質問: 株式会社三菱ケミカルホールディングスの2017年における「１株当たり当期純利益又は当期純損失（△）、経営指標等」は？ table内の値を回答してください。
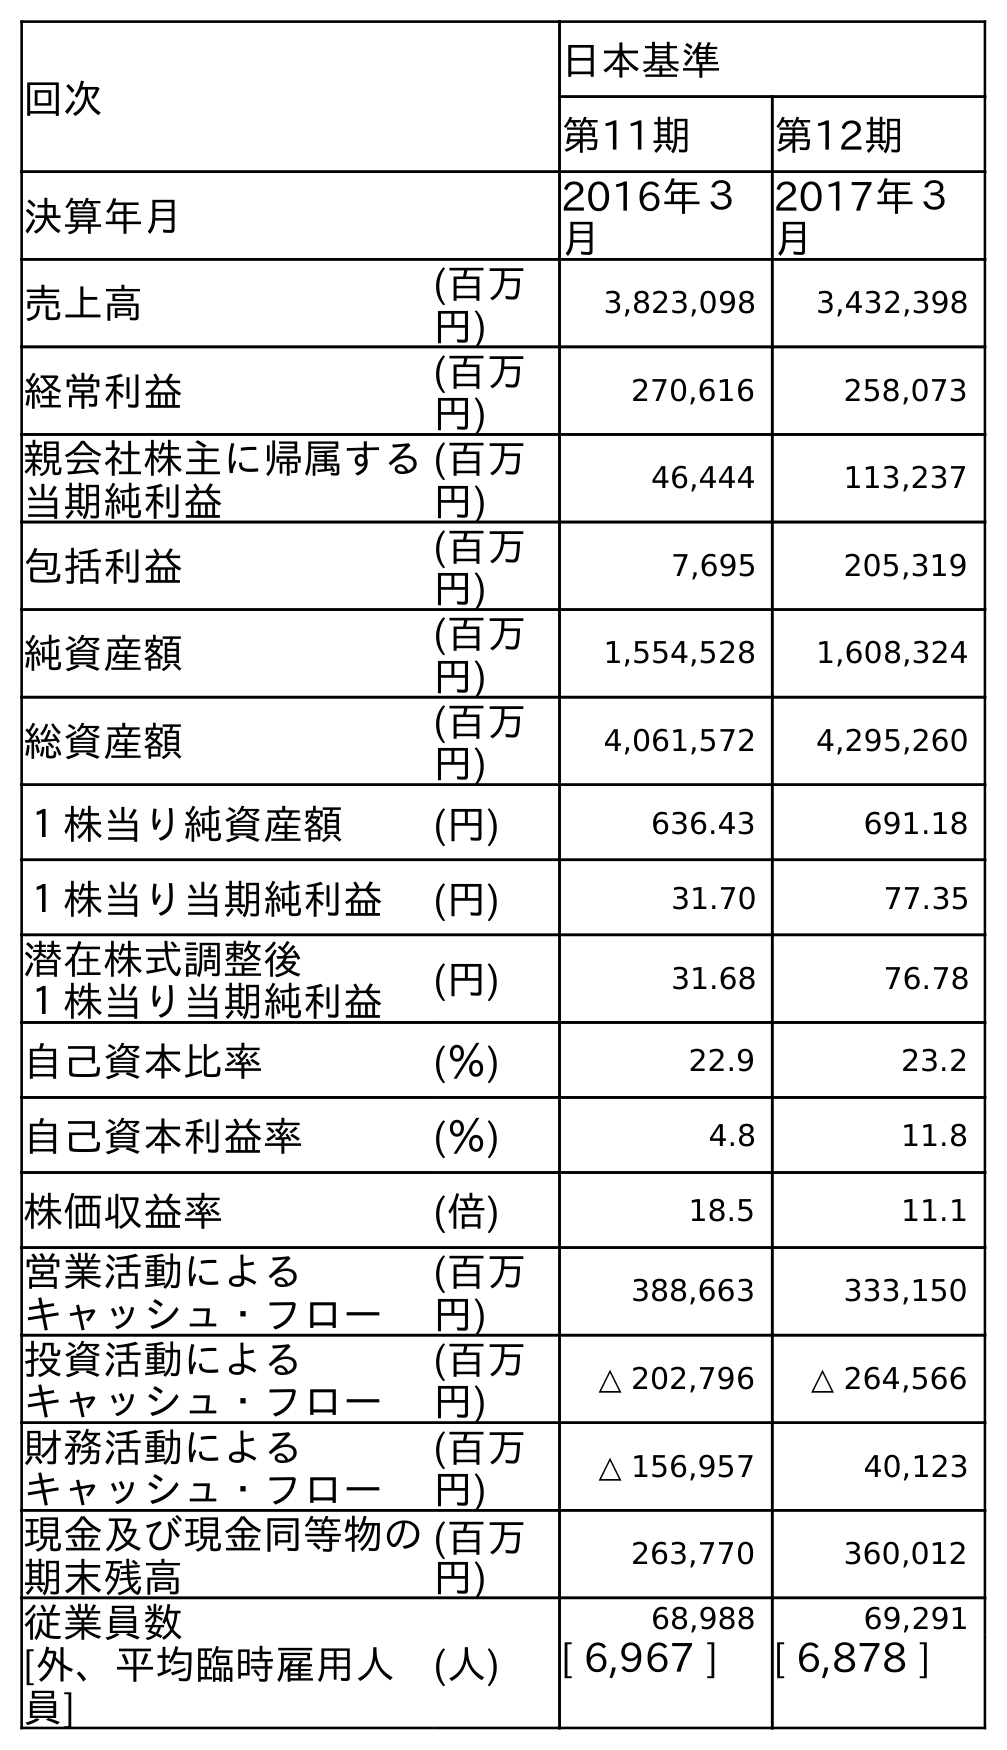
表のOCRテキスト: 回次 日本基準 第11期 第12期 決算年月 2016年３ 月 2017年３ 月 売上高 (百万 円) 3,823,098 3,432,398 経常利益 (百万 円) 270,616 258,073 親会社株主に帰属する 当期純利益 (百万 円) 46,444 113,237 包括利益 (百万 円) 7,695 205,319 純資産額 (百万 円) 1,554,528 1,608,324 総資産額 (百万 円) 4,061,572 4,295,260 １株当り純資産額 (円) 636.43 691.18 １株当り当期純利益 (円) 31.70 77.35 潜在株式調整後 １株当り当期純利益 (円) 31.68 76.78 自己資本比率 (％) 22.9 23.2 自己資本利益率 (％) 4.8 11.8 株価収益率 (倍) 18.5 11.1 営業活動による キャッシュ・フロー (百万 円) 388,663 333,150 投資活動による キャッシュ・フロー (百万 円) △ 202,796 △ 264,566 財務活動による キャッシュ・フロー (百万 円) △ 156,957 40,123 現金及び現金同等物の 期末残高 (百万 円) 263,770 360,012 従業員数 [外、平均臨時雇用人 員] (人) 68,988 69,291 [ 6,967 ] [ 6,878 ]
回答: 77.35